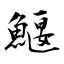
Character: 鰋